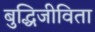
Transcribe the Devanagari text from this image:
बुद्धिजीविता